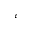
\varepsilon